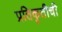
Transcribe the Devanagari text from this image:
प्रतिकृतीची